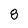
Character: 8